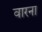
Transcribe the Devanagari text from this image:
वारना